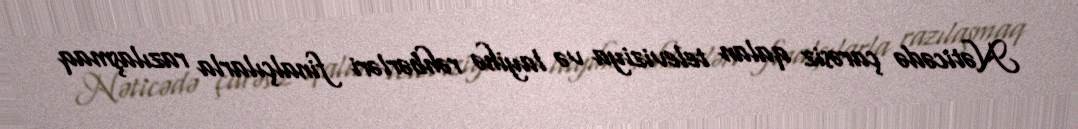
Nəticədə çarəsiz qalan televiziya və layihə rəhbərləri finalçılarla razılaşmaq